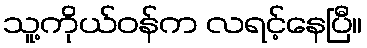
သူ့ကိုယ်ဝန်က လရင့်နေပြီ။